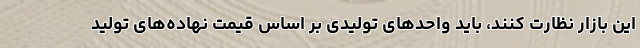
این بازار نظارت کنند، باید واحدهای تولیدی بر اساس قیمت نهاده‌های تولید